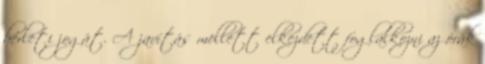
bérleti jogát. A javítás mellett elkezdett foglalkozni az órák